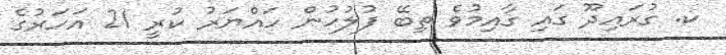
ކ. ގުރައިދޫ ގައި ގާއިމުވެ ތިބޭ ފުލުހުން ހައްޔަރު ކުރީ 21 އަހަރުގެ